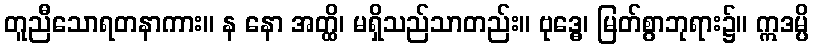
တူညီသောရတနာကား။ န နော အတ္ထိ၊ မရှိသည်သာတည်း။ ဗုဒ္ဓေ၊ မြတ်စွာဘုရား၌။ ဣဒမ္ပိ